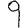
Digit: 9